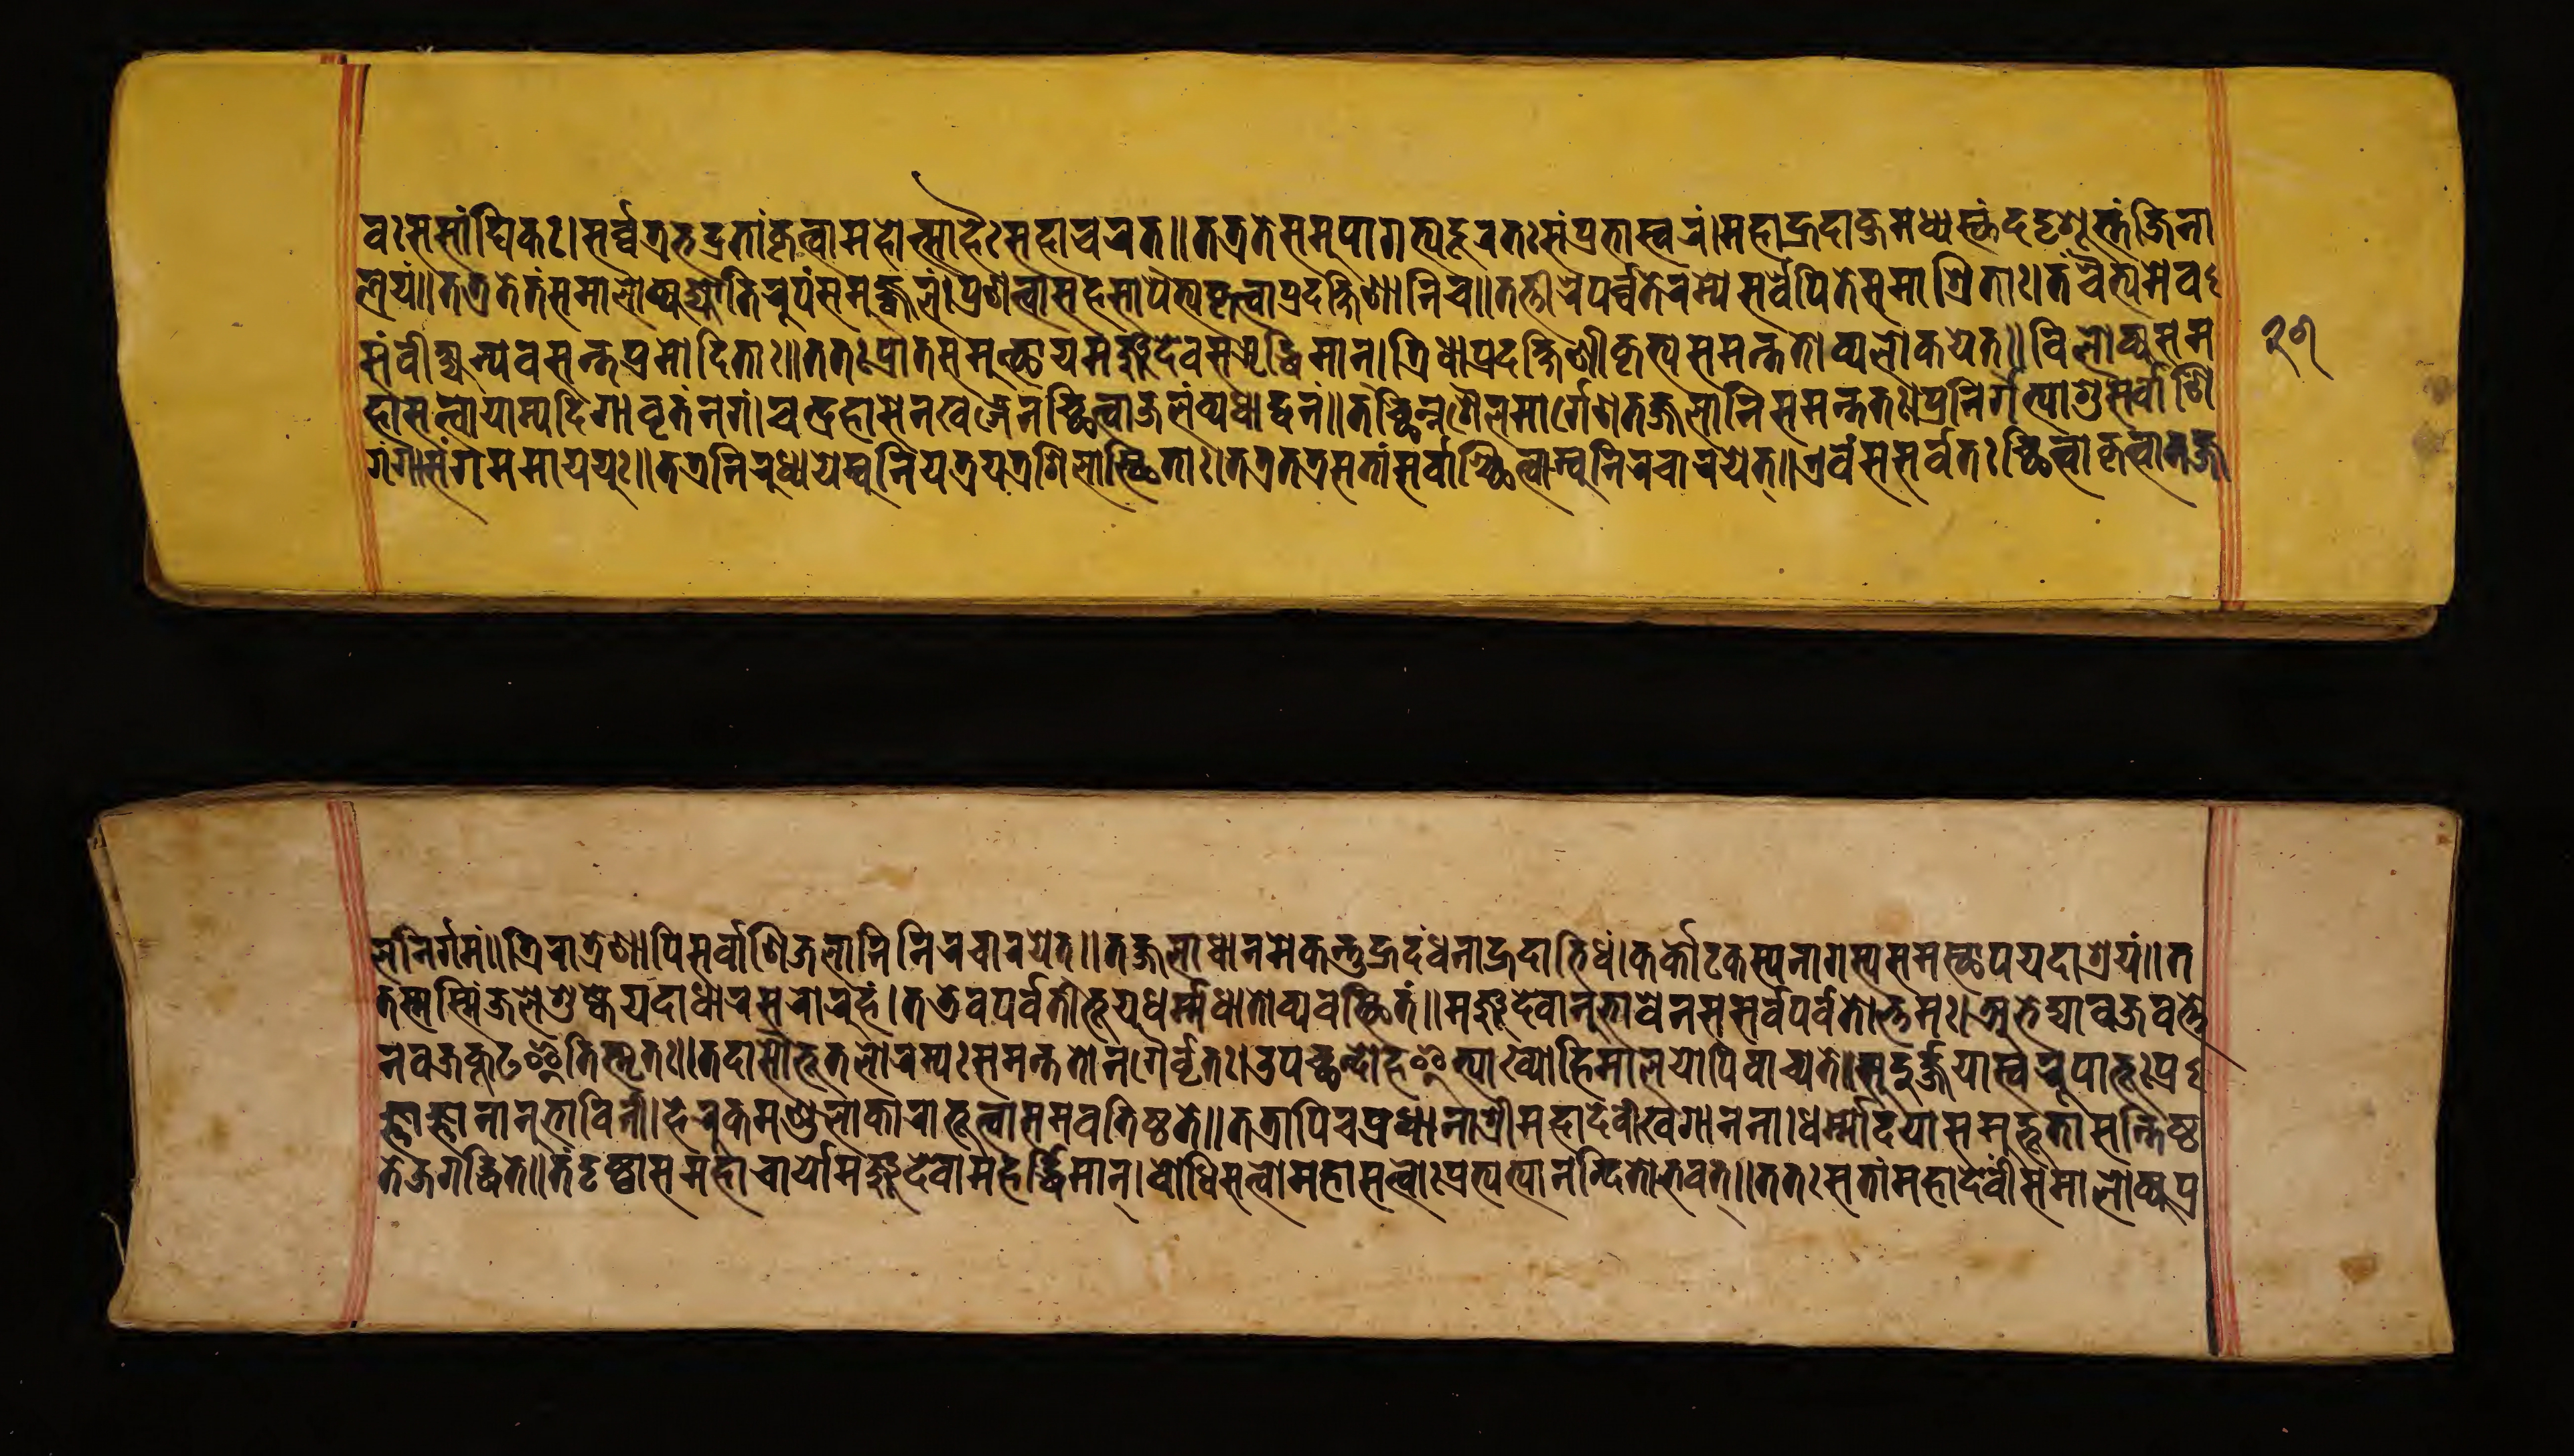
𑐰𑑅𑐳𑐳𑐵𑑄𑐢𑐶𑐎𑑅॥𑐳𑐬𑑂𑐰𑐟𑑂𑐬𑐨𑐡𑑂𑐬𑐟𑐵𑑄𑐎𑐺𑐟𑑂𑐰𑐵𑐩𑐴𑑀𑐟𑑂𑐳𑐵𑐬𑑂𑐴𑐿𑑅𑐳𑐩𑐵𑐔𑐬𑐟𑑂॥𑐟𑐟𑑂𑐬𑐟𑐾𑐳𑐩𑐸𑐥𑐵𑐐𑐟𑑂𑐫𑐡𑐹𑐬𑐟𑑅𑐳𑑄𑐥𑑂𑐬𑐨𑐵𑐳𑑂𑐰𑐬𑑄।𑐩𑐴𑐵𑐴𑑂𑐬𑐡𑐵𑐰𑑂𑐖𑐩𑐢𑑂𑐫𑐳𑑂𑐠𑑄𑐡𑐡𑐺𑐱𑐸𑐳𑑂𑐟𑑄𑐖𑐶𑐣𑐵 𑐮𑐫𑑄॥𑐟𑐟𑑂𑐬𑐟𑐾𑐟𑑄𑐳𑐩𑐵𑐮𑑀𑐎𑑂𑐫𑐖𑑂𑐫𑑀𑐟𑐶𑐬𑐹𑐥𑑄𑐳𑐩𑐸𑐖𑑂𑐰𑐮𑑄॥𑐥𑑂𑐬𑐞𑐟𑑂𑐰𑐵𑐳𑐴𑐳𑑀𑐥𑐾𑐟𑑂𑐫𑑅𑐎𑐺𑐟𑑂𑐰𑐵𑐥𑑂𑐬𑐡𑐎𑑂𑐲𑐶𑐞𑐵𑐣𑐶𑐔॥𑐟𑐟𑑂𑐟𑐷𑐬𑐾𑐥𑐬𑑂𑐰𑐟𑐾𑐬𑐩𑑂𑐫𑐾𑐳𑐬𑑂𑐰𑐾𑑇𑐥𑐶𑐟𑐾𑐳𑐩𑐵𑐱𑑂𑐬𑐶𑐟𑐵𑑅।𑐟𑑄𑐔𑐿𑐟𑑂𑐫𑐩𑐾𑐰 𑐳𑑄𑐰𑐷𑐎𑑂𑐲𑑂𑐫𑐣𑑂𑐫𑐰𑐳𑐣𑑂𑐟𑐥𑑂𑐬𑐩𑑀𑐡𑐶𑐟𑐵𑑅॥𑐟𑐟𑑅𑐥𑑂𑐬𑐵𑐟𑑅𑐳𑐩𑐸𑐟𑑂𑐠𑐵𑐫𑐩𑐘𑑂𑐖𑐸𑐡𑐾𑐰𑑅𑐳𑐆𑐡𑑂𑐢𑐶𑐩𑐵𑐣𑑂॥𑐟𑑂𑐬𑐶𑐢𑐵𑐥𑑂𑐬𑐡𑐎𑑂𑐲𑐶𑐞𑐷𑐎𑐺𑐟𑑂𑐫𑐳𑐩𑐣𑑂𑐟𑐟𑑀𑐰𑑂𑐫𑐮𑑀𑐎𑐫𑐟𑑂॥𑐰𑐶𑐮𑑀𑐎𑑂𑐫𑐳𑐩 𑐴𑐵𑐳𑐟𑑂𑐟𑑂𑐰𑑀𑐫𑐵𑐩𑑂𑐫𑐡𑐶𑐱𑐵𑐰𑐺𑐟𑑄𑐣𑐐𑑄।𑐔𑐣𑑂𑐡𑑂𑐬𑐴𑐵𑐳𑐾𑐣𑐏𑐜𑑂𑐐𑐾𑐣𑐕𑐶𑐟𑑂𑐰𑐵𑐖𑐮𑐵𑐱𑑂𑐬𑐫𑑄𑐰𑑂𑐫𑐢𑐵𑐟𑑂॥𑐟𑐔𑑂𑐕𑐶𑐣𑑂𑐣𑐱𑐿𑐮𑐩𑐵𑐬𑑂𑐐𑐾𑐞𑐟𑐖𑑂𑐖𑐮𑐵𑐣𑐶𑐳𑐩𑐣𑑂𑐟𑐟𑑅।𑐥𑑂𑐬𑐣𑐶𑐬𑑂𑐐𑐟𑑂𑐫𑐵𑐱𑐸𑐳𑐬𑑂𑐰𑐵𑐞𑐶 𑐐𑑄𑐐𑐵𑐳𑑄𑐐𑐩𑐩𑐵𑐫𑐫𑐸𑑅॥𑐟𑐡𑐵𑐬𑐨𑑂𑐫𑐣𑐡𑐵𑐣𑐡𑑂𑐫𑑀𑐧𑐨𑐹𑐰𑐸𑐬𑑂𑐨𑐹𑐟𑐮𑐾𑐴𑑂𑐬𑐡𑐵𑑅।𑐟𑐟𑑂𑐬𑐣𑐶𑐬𑐸𑐢𑑂𑐫𑐫𑐾𑐩𑑂𑐰𑐸𑐣𑐶𑐫𑐟𑑂𑐬𑐫𑐾𑐱𑐶𑐮𑐵𑑅𑐳𑑂𑐠𑐶𑐟𑐵𑑅।𑐟𑐟𑑂𑐬𑐟𑐟𑑂𑐬𑐳𑐟𑐵𑐣𑑂𑐳𑐬𑑂𑐰𑐵𑐱𑑂𑐕𑐶𑐟𑑂𑐰𑐵𑐳𑑂𑐰𑐹𑐣𑐶𑐔𑐔𑐵𑐬𑐫𑐾𑐟𑑂॥𑐊𑐰𑑄𑐳𑐳𑐬𑑂𑐰𑐟𑑅𑐕𑐶𑐟𑑂𑐰𑐵𑐎𑐺𑐟𑑂𑐰𑐵𑐟𑐖𑑂𑐖 𑐮𑐣𑐶𑐬𑑂𑐐𑐩𑑄॥𑐟𑑂𑐬𑐶𑐬𑐵𑐟𑑂𑐬𑐾𑐞𑐵𑐥𑐶𑐣𑐖𑐮𑐵𑐣𑐶𑐳𑐬𑑂𑐰𑐵𑐞𑐶𑐣𑐶𑐬𑐔𑐵𑐬𑐫𑐾𑐟𑑂॥𑐟𑐖𑑂𑐖𑐮𑐵𑐢𑐵𑐣𑐩𑐾𑐎𑐣𑑂𑐟𑐸𑐴𑑂𑐬𑐡𑑄𑐢𑐣𑐵𑐡𑐴𑐵𑐨𑐶𑐢𑑄।𑐎𑐬𑑂𑐎𑑂𑐎𑑀𑐚𑐎𑐣𑐵𑐐𑐳𑑂𑐫𑐳𑐩𑐳𑑂𑐠𑐵𑐥𑐫𑐡𑐵𑐱𑑂𑐬𑐫𑑄॥𑐟 𑐟𑐳𑑂𑐟𑐳𑑂𑐩𑐶𑐣𑑂𑐖𑐮𑐾𑐱𑐸𑐲𑑂𑐎𑐾𑐫𑐡𑐵𑐢𑐵𑐬𑐳𑐬𑑀𑐬𑐸𑐴𑑄।𑐟𑐡𑐾𑐰𑐥𑐬𑑂𑐰𑐟𑐵𑐨𑐹𑐫𑐢𑐬𑑂𑐩𑐢𑐵𑐟𑑀𑐬𑑂𑐰𑑂𑐫𑐰𑐳𑑂𑐠𑐶𑐟𑑅॥𑐩𑐘𑑂𑐖𑐸𑐡𑐾𑐰𑐵𑐣𑐸𑐨𑐵𑐰𑐾𑐣𑐳𑐳𑐬𑑂𑐰𑐥𑐬𑑂𑐰𑐟𑑀𑐎𑑂𑐟𑐩𑑅।𑐀𑐨𑐾𑐡𑑂𑐫𑐵𑐰𑐖𑑂𑐬𑐰𑐎𑑂𑐟𑐾 𑐣𑐰𑐖𑑂𑐬𑐎𑐹𑐚𑐿𑐟𑐶𑐳𑑂𑐩𑐺𑐟𑑅॥𑐟𑐡𑐵𑐳𑑁𑐨𑐹𑐟𑐮𑑀𑐬𑐩𑑂𑐫𑑅𑐳𑐩𑐣𑑂𑐟𑐟𑑀𑐣𑐐𑐵𑐰𑐺𑐟𑑅।𑐄𑐥𑐕𑐣𑑂𑐡𑑀𑐴𑐿𑐟𑑂𑐫𑐵𑐏𑑂𑐫𑐵𑐴𑐶𑐩𑐵𑐮𑐫𑑀𑐥𑐶𑐔𑑀𑐔𑑂𑐫𑐟𑐾॥𑐳𑐸𑐡𑐸𑐬𑑂𑐖𑐫𑐵𑐳𑑂𑐰𑐬𑐹𑐥𑐵𑐨𑐹𑑅𑐥𑑂𑐬 𑐖𑑂𑐘𑐵𑐖𑑂𑐘𑐵𑐣𑐵𑐣𑐸𑐨𑐵𑐰𑐶𑐣𑐷।𑐴𑐾𑐬𑐸𑐎𑐩𑐞𑑂𑐜𑐮𑐵𑐎𑐵𑐬𑐵𑐨𑐹𑐟𑑂𑐰𑐵𑐳𑐩𑐰𑐟𑐶𑐲𑑂𑐛𑐟𑐾॥𑐟𑐟𑑂𑐬𑐵𑐥𑐶𑐔𑐥𑑂𑐬𑐢𑐵𑐣𑐵𑐱𑑂𑐬𑐷𑐩𑐴𑐵𑐡𑐾𑐰𑐷𑐏𑐐𑐵𑐣𑐣𑐵॥𑐢𑐬𑑂𑐩𑑂𑐩𑑀𑐡𑐫𑐵𑐳𑐩𑐸𑐴𑐸𑐟𑐵𑐳𑑄𑐟𑐶𑐲𑑂𑐛 𑐟𑐾𑐖𑐐𑐡𑑂𑐢𑐶𑐟𑐾॥𑐟𑑄𑐡𑐺𑐲𑑂𑐚𑑂𑐰𑐵𑐳𑐩𑐴𑐵𑐔𑐬𑑂𑐫𑐵𑐩𑐘𑑂𑐖𑐸𑐡𑐾𑐰𑑀𑐩𑐴𑐬𑑂𑐡𑑂𑐢𑐶𑐩𑐵𑐣॥𑐧𑑀𑐢𑐶𑐳𑐟𑑂𑐟𑑂𑐰𑑀𑐩𑐴𑐵𑐳𑐟𑑂𑐟𑑂𑐰𑑅𑐥𑑂𑐬𑐟𑑂𑐫𑐟𑑂𑐫𑐵𑐣𑐣𑑂𑐡𑐶𑐟𑑀𑐨𑐰𑐟𑑂॥𑐟𑐟𑑅𑐳𑐟𑐵𑑄𑐩𑐴𑐵𑐡𑐾𑐰𑐷𑐳𑐩𑐵𑐮𑑀𑐎𑑂𑐫𑐥𑑂𑐬 𑑒𑑖